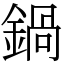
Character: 鍋